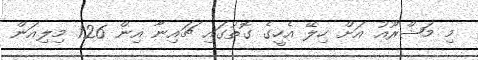
މި މަޝްރޫއު އަށް ހިލޭ އެހީގެ ގޮތުގައި ޗައިނާ އިން 126 މިލިއަން